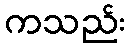
ကသည်း